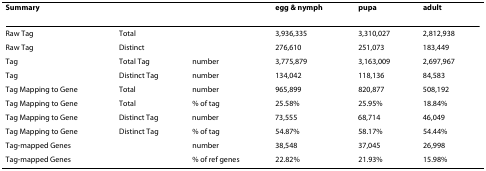
<table><thead><tr><td><b>Summary</b></td><td></td><td></td><td><b>egg &amp; nymph</b></td><td><b>pupa</b></td><td><b>adult</b></td></tr></thead><tbody><tr><td>Raw Tag</td><td>Total</td><td></td><td>3,936,335</td><td>3,310,027</td><td>2,812,938</td></tr><tr><td>Raw Tag</td><td>Distinct</td><td></td><td>276,610</td><td>251,073</td><td>183,449</td></tr><tr><td>Tag</td><td>Total Tag</td><td>number</td><td>3,775,879</td><td>3,163,009</td><td>2,697,967</td></tr><tr><td>Tag</td><td>Distinct Tag</td><td>number</td><td>134,042</td><td>118,136</td><td>84,583</td></tr><tr><td>Tag Mapping to Gene</td><td>Total</td><td>number</td><td>965,899</td><td>820,877</td><td>508,192</td></tr><tr><td>Tag Mapping to Gene</td><td>Total</td><td>% of tag</td><td>25.58%</td><td>25.95%</td><td>18.84%</td></tr><tr><td>Tag Mapping to Gene</td><td>Distinct Tag</td><td>number</td><td>73,555</td><td>68,714</td><td>46,049</td></tr><tr><td>Tag Mapping to Gene</td><td>Distinct Tag</td><td>% of tag</td><td>54.87%</td><td>58.17%</td><td>54.44%</td></tr><tr><td>Tag-mapped Genes</td><td></td><td>number</td><td>38,548</td><td>37,045</td><td>26,998</td></tr><tr><td>Tag-mapped Genes</td><td></td><td>% of ref genes</td><td>22.82%</td><td>21.93%</td><td>15.98%</td></tr></tbody></table>